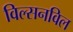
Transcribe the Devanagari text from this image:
विल्सनविल